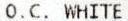
O.C. WHITE